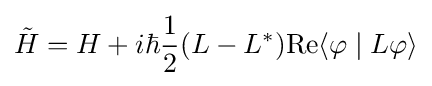
{\tilde {H}}=H+i\hbar {\frac {1}{2}}(L-L^{\ast })\mathrm {Re} \langle \varphi \mid L\varphi \rangle